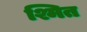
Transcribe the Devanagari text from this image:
श्मित